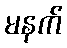
မနက်